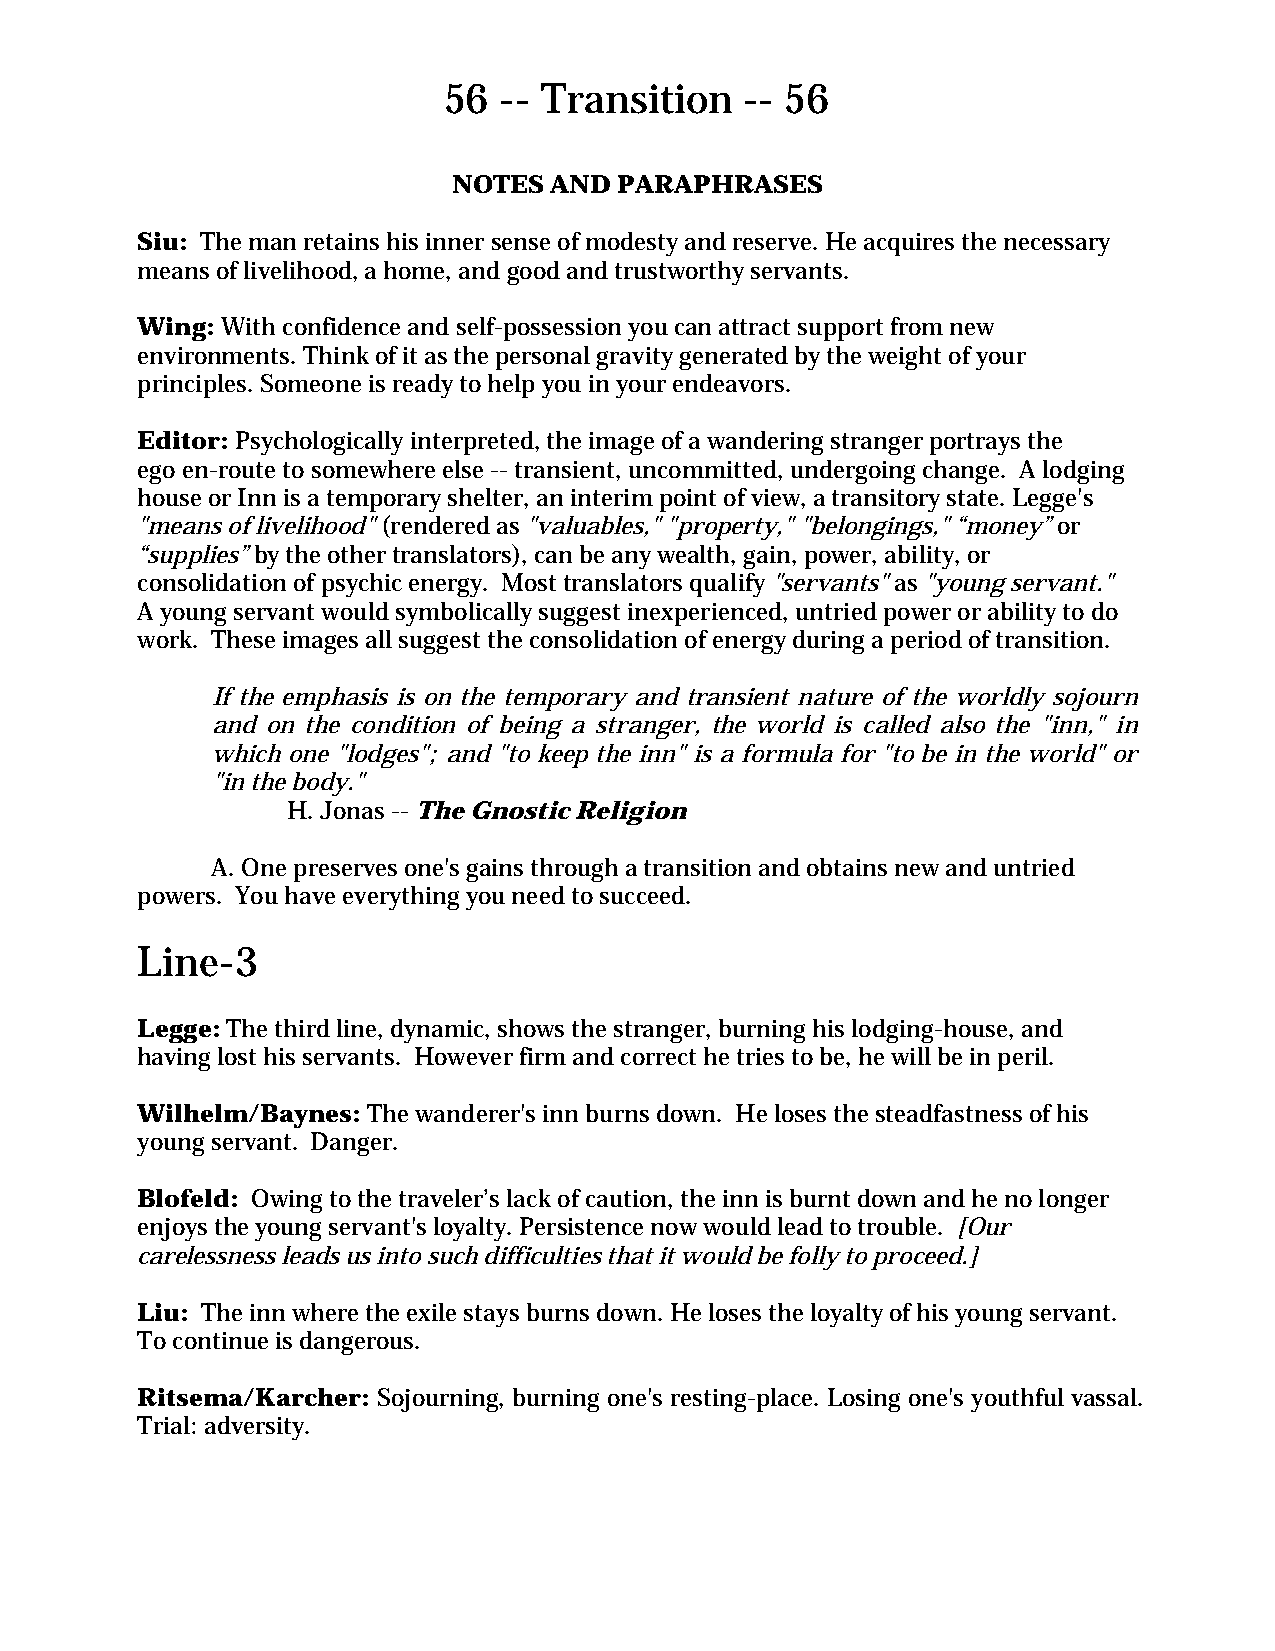
56  -- Transition   -- 56
 NOTES AND  PARAPHRASES
 Siu: The man retains his inner sense of modesty and reserve. He acquires the necessary
 means of livelihood, a home, and good and trustworthy servants.
 Wing: With confidence and self-possession you can attract support from new
 environments. Think of it as the personal gravity generated by the weight of your
 principles. Someone is ready to help you in your endeavors.
 Editor: Psychologically interpreted, the image of a wandering stranger portrays the
 ego en-route to somewhere else -- transient, uncommitted, undergoing change. A lodging
 house or Inn is a temporary shelter, an interim point of view, a transitory state. Legge's
 "means of livelihood" (rendered as "valuables," "property," "belongings," “money” or
 “supplies” by the other translators), can be any wealth, gain, power, ability, or
 consolidation of psychic energy. Most translators qualify "servants" as "young servant."
 A young servant would symbolically suggest inexperienced, untried power or ability to do
 work. These images all suggest the consolidation of energy during a period of transition.
 If the emphasis is on the temporary and transient nature of the worldly sojourn
 and on the condition of being a stranger, the world is called also the "inn," in
 which one "lodges"; and "to keep the inn" is a formula for "to be in the world" or
 "in the body."
 H. Jonas -- The Gnostic Religion
 A. One preserves one's gains through a transition and obtains new and untried
 powers. You have everything you need to succeed.
 Line-3
 Legge: The third line, dynamic, shows the stranger, burning his lodging-house, and
 having lost his servants. However firm and correct he tries to be, he will be in peril.
 Wilhelm/Baynes: The wanderer's inn burns down. He loses the steadfastness of his
 young servant. Danger.
 Blofeld: Owing to the traveler’s lack of caution, the inn is burnt down and he no longer
 enjoys the young servant's loyalty. Persistence now would lead to trouble. [Our
 carelessness leads us into such difficulties that it would be folly to proceed.]
 Liu: The inn where the exile stays burns down. He loses the loyalty of his young servant.
 To continue is dangerous.
 Ritsema/Karcher: Sojourning, burning one's resting-place. Losing one's youthful vassal.
 Trial: adversity.